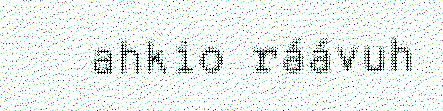
ahkio ráávuh